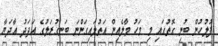
ފުލުހުން ބުނި ގޮތުގައި މި މަހު މާލެއިން އަތުލައިގަންނަ ބަނގުރަލުގެ އަދަދު އާދަޔާ